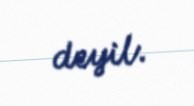
deyil.